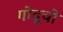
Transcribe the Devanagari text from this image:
गोदूची